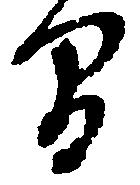
間